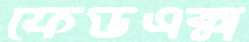
ফেডএক্স